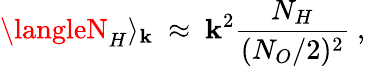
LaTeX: \langleN_{H}\rangle_{\mathbf{k}}~\approx~\mathbf{k}^{2}\frac{{N_{H}}}{{(N_{O}/2)^{2}}}~,